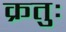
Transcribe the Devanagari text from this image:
क्रतुः